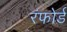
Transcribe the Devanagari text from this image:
रंफोर्ड